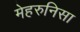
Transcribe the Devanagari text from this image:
मेहरुनिसा